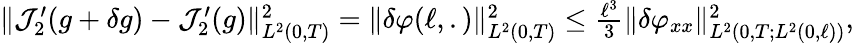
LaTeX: \begin{array}{r}{\Vert\mathcal{J}_{2}^{\prime}(g+\delta g)-\mathcal{J}_{2}^{\prime}(g)\Vert_{L^{2}(0,T)}^{2}=\Vert\delta\varphi(\ell,.)\Vert_{L^{2}(0,T)}^{2}\leq\frac{\ell^{3}}{3}\Vert\delta\varphi_{xx}\Vert_{L^{2}(0,T;L^{2}(0,\ell))}^{2},}\end{array}